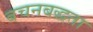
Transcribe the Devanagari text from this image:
बचनबद्धता